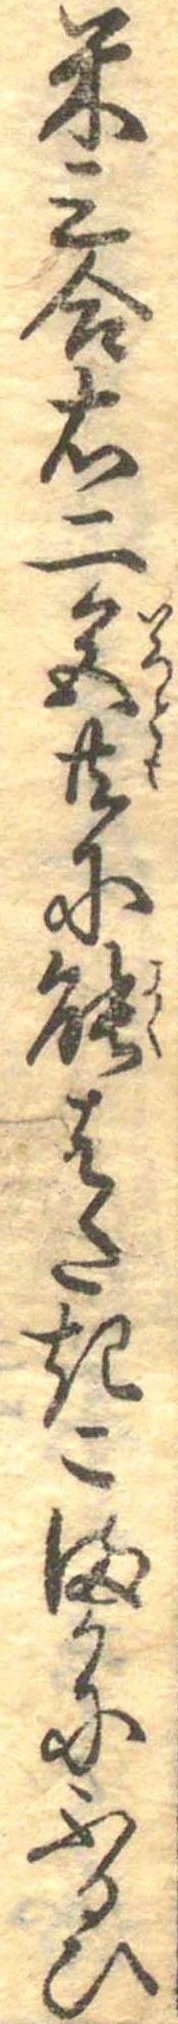
米三合右二色共に能はたきこまかにふるひ